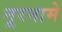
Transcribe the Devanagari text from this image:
नूरनामे